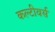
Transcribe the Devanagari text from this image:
कल्टीवर्स